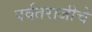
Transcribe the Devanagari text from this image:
पर्वतराजीचे